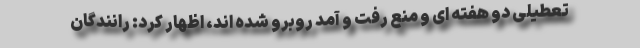
تعطیلی دو هفته ای و منع رفت و آمد روبرو شده اند، اظهار کرد: رانندگان